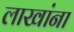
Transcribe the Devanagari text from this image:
लाखांना